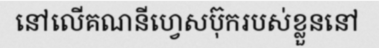
នៅលើគណនីហ្វេសប៊ុករបស់ខ្លួននៅ